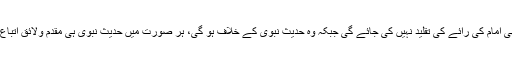
کسی بھی امام کی رائے کی تقلید نہیں کی جائے گی جبکہ وہ حدیث نبوی کے خلاف ہو گی، ہر صورت میں حدیث نبوی ہی مقدّم ولائق اتباع ہو گی۔